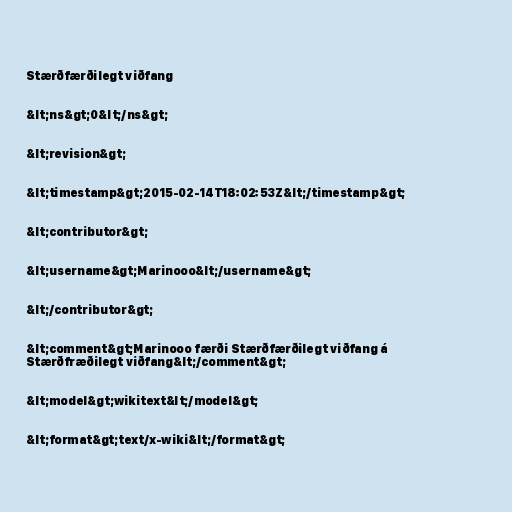
Stærðfærðilegt viðfang

&lt;ns&gt;0&lt;/ns&gt;

&lt;revision&gt;

&lt;timestamp&gt;2015-02-14T18:02:53Z&lt;/timestamp&gt;

&lt;contributor&gt;

&lt;username&gt;Marinooo&lt;/username&gt;

&lt;/contributor&gt;

&lt;comment&gt;Marinooo færði Stærðfærðilegt viðfang á
Stærðfræðilegt viðfang&lt;/comment&gt;

&lt;model&gt;wikitext&lt;/model&gt;

&lt;format&gt;text/x-wiki&lt;/format&gt;